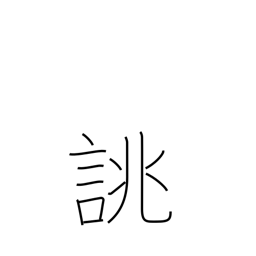
Meaning: order